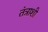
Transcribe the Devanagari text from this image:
तंत्राशी